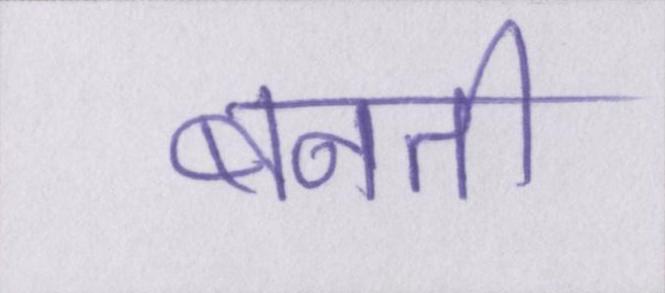
बनती